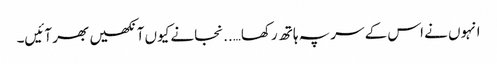
انہوں نے اس کے سر پہ ہاتھ رکھا…..نجانے کیوں آنکھیں بھر آئیں۔